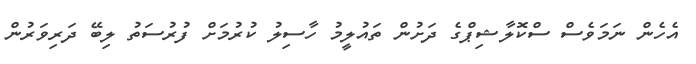
އެހެން ނަމަވެސް ސްކޮލާޝިޕްގެ ދަށުން ތައުލީމު ހާސިލު ކުރުމަށް ފުރުސަތު ލިބޭ ދަރިވަރުން